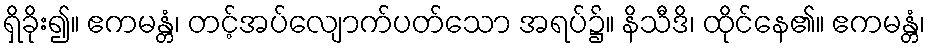
ရှိခိုး၍။ ဧကမန္တံ၊ တင့်အပ်လျောက်ပတ်သော အရပ်၌။ နိသီဒိ၊ ထိုင်နေ၏။ ဧကမန္တံ၊